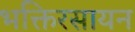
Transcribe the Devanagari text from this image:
भक्तिरसायन